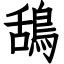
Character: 鴰